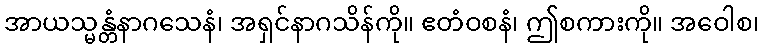
အာယသ္မန္တံနာဂသေနံ၊ အရှင်နာဂသိန်ကို။ ဧတံဝစနံ၊ ဤစကားကို။ အဝေါစ၊